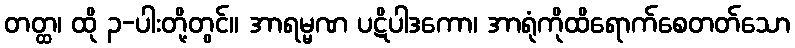
တတ္ထ၊ ထို ၃-ပါးတို့တွင်။ အာရမ္မဏ ပဋိပါဒကော၊ အာရုံကိုထိရောက်စေတတ်သော